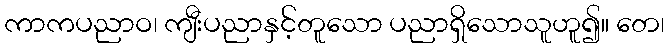
ကာကပညာဝ၊ ကျီးပညာနှင့်တူသော ပညာရှိသောသူဟူ၍။ တေ၊